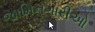
જામિનગારીઓ